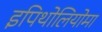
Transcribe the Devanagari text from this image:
इपिथोलियोमा